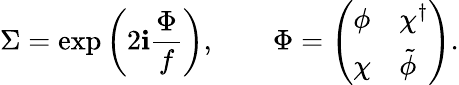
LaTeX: \Sigma=\exp\left(2\mathbf{i}\frac{{\Phi}}{{f}}\right),\qquad\Phi=\left(\begin{array}{ll}{{\phi}}&{{\chi^{\dagger}}}\\ {{\chi}}&{{\tilde{\phi}~}}\end{array}\right).